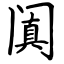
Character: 阗